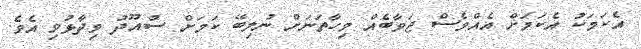
އެކަމަކު އެކަމަށް އެއްވެސް ޖަވާބެއް މިހާތަނަށް ނުލިބޭ ކަމަށް ސުއޫދު ވިދާޅުވި އެވެ.